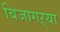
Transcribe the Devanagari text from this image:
बिजागऱ्या